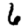
Digit: 6